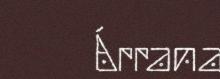
Árrana